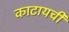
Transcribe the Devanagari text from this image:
काटायची